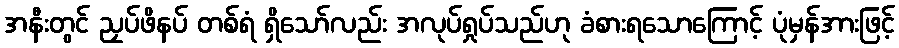
အနီးတွင် ညှပ်ဖိနပ် တစ်ရံ ရှိသော်လည်း အလုပ်ရှုပ်သည်ဟု ခံစားရသောကြောင့် ပုံမှန်အားဖြင့်